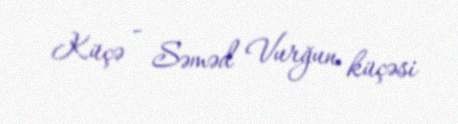
Küçə - Səməd Vurğun küçəsi